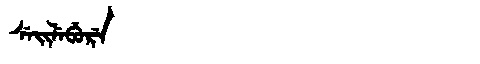
Manchu: ᠰᡝᡳᠯᡝᠪᡠᡵᡝ
Romanization: SEILEBURE